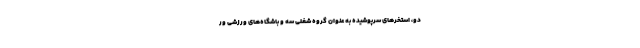
دو، استخرهای سرپوشیده به عنوان گروه شغلی سه و باشگاه‌های ورزشی ور